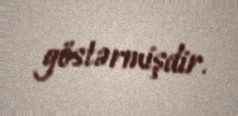
göstərmişdir.